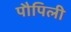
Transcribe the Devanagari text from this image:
पौपिली